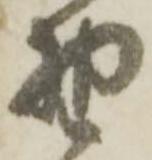
野